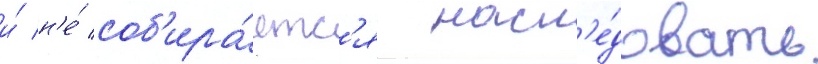
и́ н'е́ соб'ира́етс'я насл'е́довать